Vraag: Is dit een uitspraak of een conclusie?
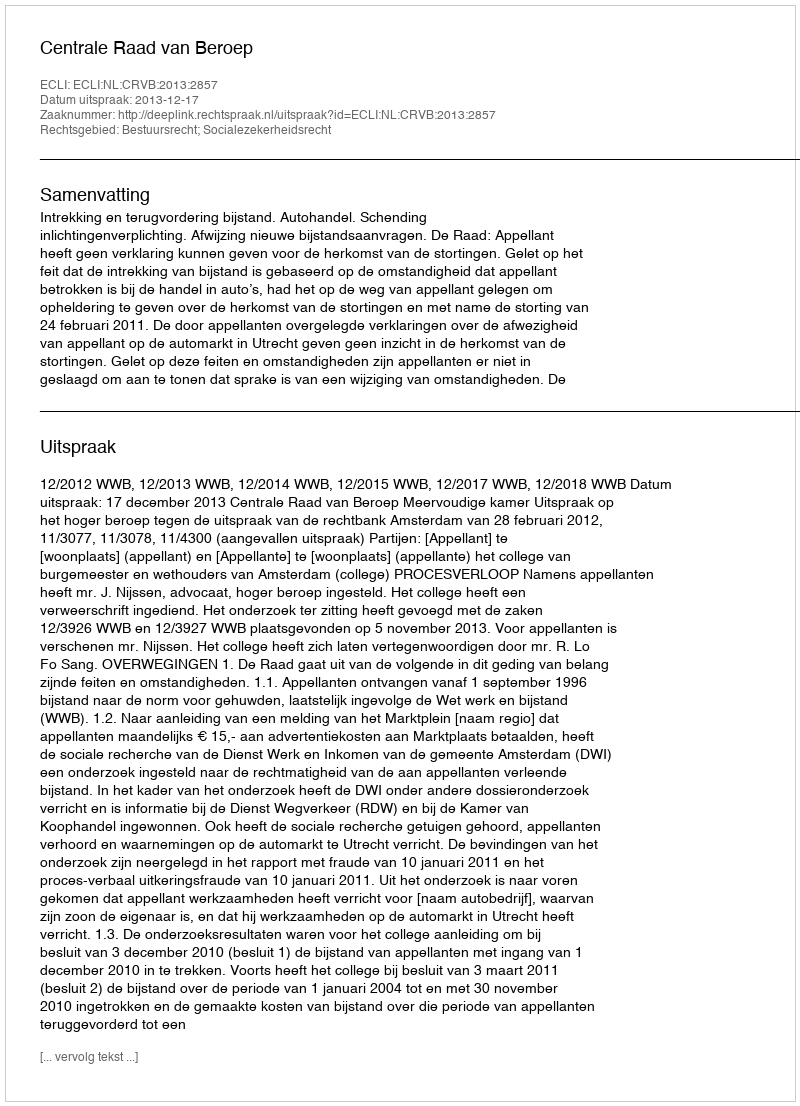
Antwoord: Uitspraak